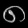
Digit: ၈